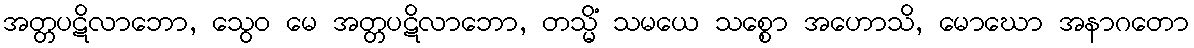
အတ္တပဋိလာဘော, သွေဝ မေ အတ္တပဋိလာဘော, တသ္မိံ သမယေ သစ္စော အဟောသိ, မောဃော အနာဂတော